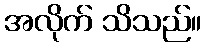
အလိုက် သိသည်။